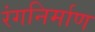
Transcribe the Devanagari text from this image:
रंगनिर्माण